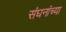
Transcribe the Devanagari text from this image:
संघनांच्या